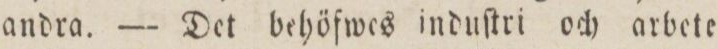
andra. — Det behöfwes induſtri och arbete